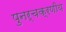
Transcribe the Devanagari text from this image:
पुनर्चक्रणीय